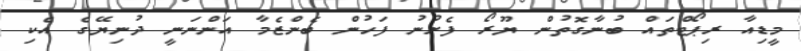
މީޑިއާ ރިޕޯޓްތައް ބުނާގޮތުން ޔޫރޯ ފެށުނު ފަހުން ބެންޒެމާ އަންނަނީ ދުނިޔޭގެ އެކި